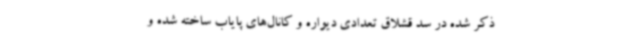
ذکر شده در سد قشلاق تعدادی دیواره‌ و کانال‌های پایاب ساخته شده و